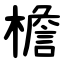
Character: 檐